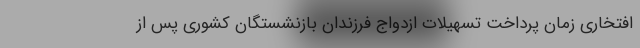
افتخاری زمان پرداخت تسهیلات ازدواج فرزندان بازنشستگان کشوری پس از